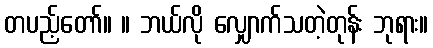
တပည့်တော်။ ။ ဘယ်လို လျှောက်သတဲ့တုန်း ဘုရား။